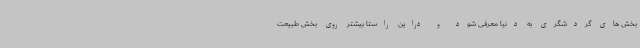
بخش های گردشگری به دنیا معرفی شود و دراین راستا بیشتر روی بخش طبیعت